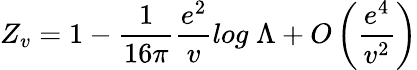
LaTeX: Z_{v}=1-\frac{1}{16\pi}\frac{e^{2}}{v}log\; \Lambda+O\left(\frac{e^{4}}{v^{2}}\right)